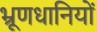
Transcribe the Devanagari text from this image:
भ्रूणधानियों